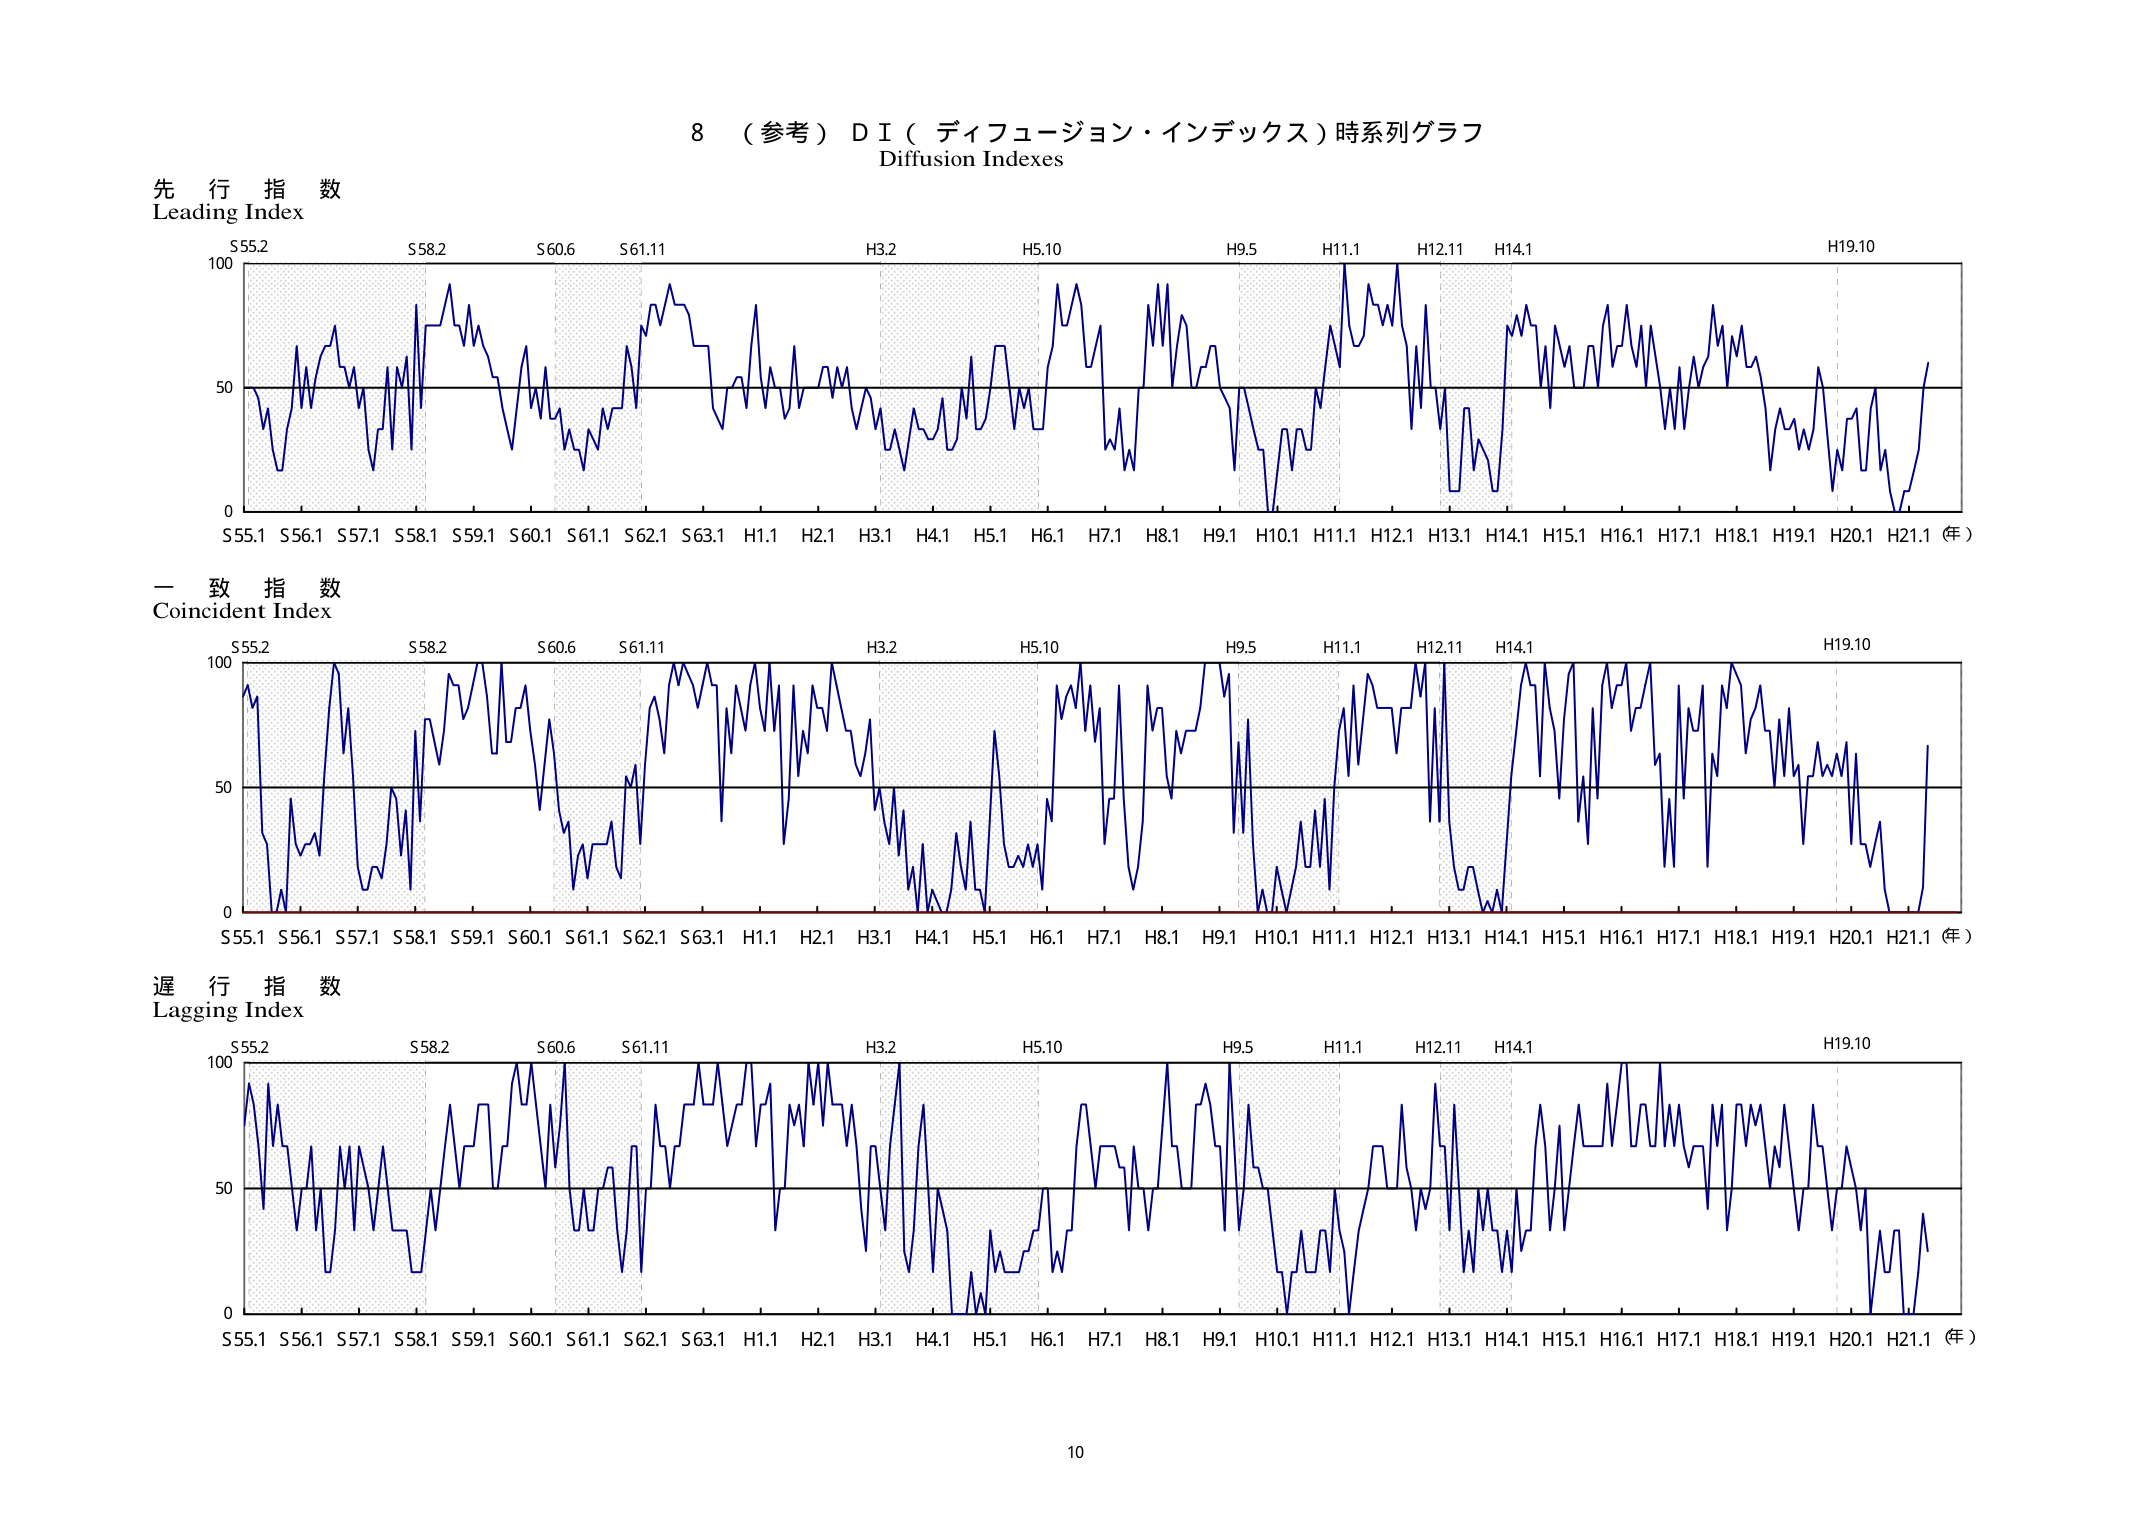
8 （参考）ＤＩ（ディフュージョン・インデックス）時系列グラフ
Diffusion Indexes

先行指数
Leading Index

S55.2 S58.2 S60.6 S61.11 H3.2 H5.10 H9.5 H11.1 H12.11 H14.1 H19.10
100
50
0
S55.1 S56.1 S57.1 S58.1 S59.1 S60.1 S61.1 S62.1 S63.1 H1.1 H2.1 H3.1 H4.1 H5.1 H6.1 H7.1 H8.1 H9.1 H10.1 H11.1 H12.1 H13.1 H14.1 H15.1 H16.1 H17.1 H18.1 H19.1 H20.1 H21.1（年）

一致指数
Coincident Index

S55.2 S58.2 S60.6 S61.11 H3.2 H5.10 H9.5 H11.1 H12.11 H14.1 H19.10
100
50
0
S55.1 S56.1 S57.1 S58.1 S59.1 S60.1 S61.1 S62.1 S63.1 H1.1 H2.1 H3.1 H4.1 H5.1 H6.1 H7.1 H8.1 H9.1 H10.1 H11.1 H12.1 H13.1 H14.1 H15.1 H16.1 H17.1 H18.1 H19.1 H20.1 H21.1（年）

遅行指数
Lagging Index

S55.2 S58.2 S60.6 S61.11 H3.2 H5.10 H9.5 H11.1 H12.11 H14.1 H19.10
100
50
0
S55.1 S56.1 S57.1 S58.1 S59.1 S60.1 S61.1 S62.1 S63.1 H1.1 H2.1 H3.1 H4.1 H5.1 H6.1 H7.1 H8.1 H9.1 H10.1 H11.1 H12.1 H13.1 H14.1 H15.1 H16.1 H17.1 H18.1 H19.1 H20.1 H21.1（年）

10